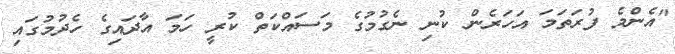
"އެންމެ ފުރަތަމަ އަހަރެން ކުނި ނެގުމުގެ މަސައްކަތް ކުރީ ހަމަ އާދައިގެ ހެދުމުގައި